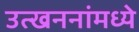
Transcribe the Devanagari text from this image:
उत्खननांमध्ये